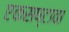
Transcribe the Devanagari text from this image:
एकसष्टावा